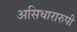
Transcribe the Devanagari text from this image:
असिधारारुपी